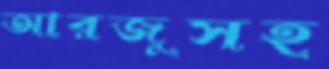
আরজুসহ